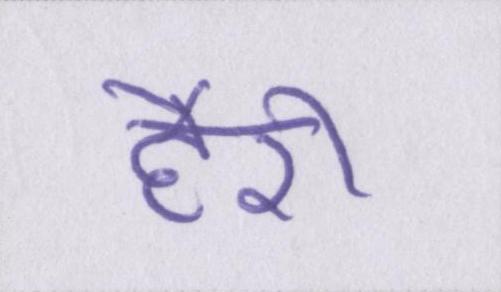
हैरी